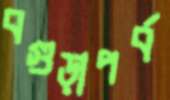
বগুড়াপর্ব